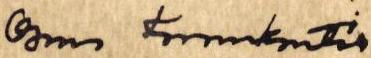
Osmo Korvenkontio